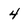
Character: 4